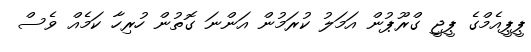
ޕީޕީއެމްގެ ޕީޖީ ގްރޫޕުން އަމަލު ކުރަމުން އަންނަ ގޮތުން ހުރިހާ ކަމެއް ވެސް